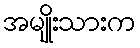
အမျိုးသားက